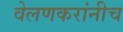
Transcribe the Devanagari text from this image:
वेलणकरांनीच